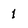
Character: 1